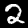
Label: 2